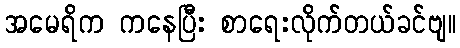
အမေရိက ကနေပြီး စာရေးလိုက်တယ်ခင်ဗျ။